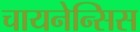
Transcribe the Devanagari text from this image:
चायनेन्सिस